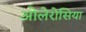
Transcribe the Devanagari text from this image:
ओलेरोसिया